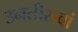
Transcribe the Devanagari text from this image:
उनतीसवां